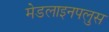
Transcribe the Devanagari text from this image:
मेडलाइनपलुस